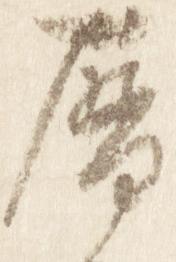
暦